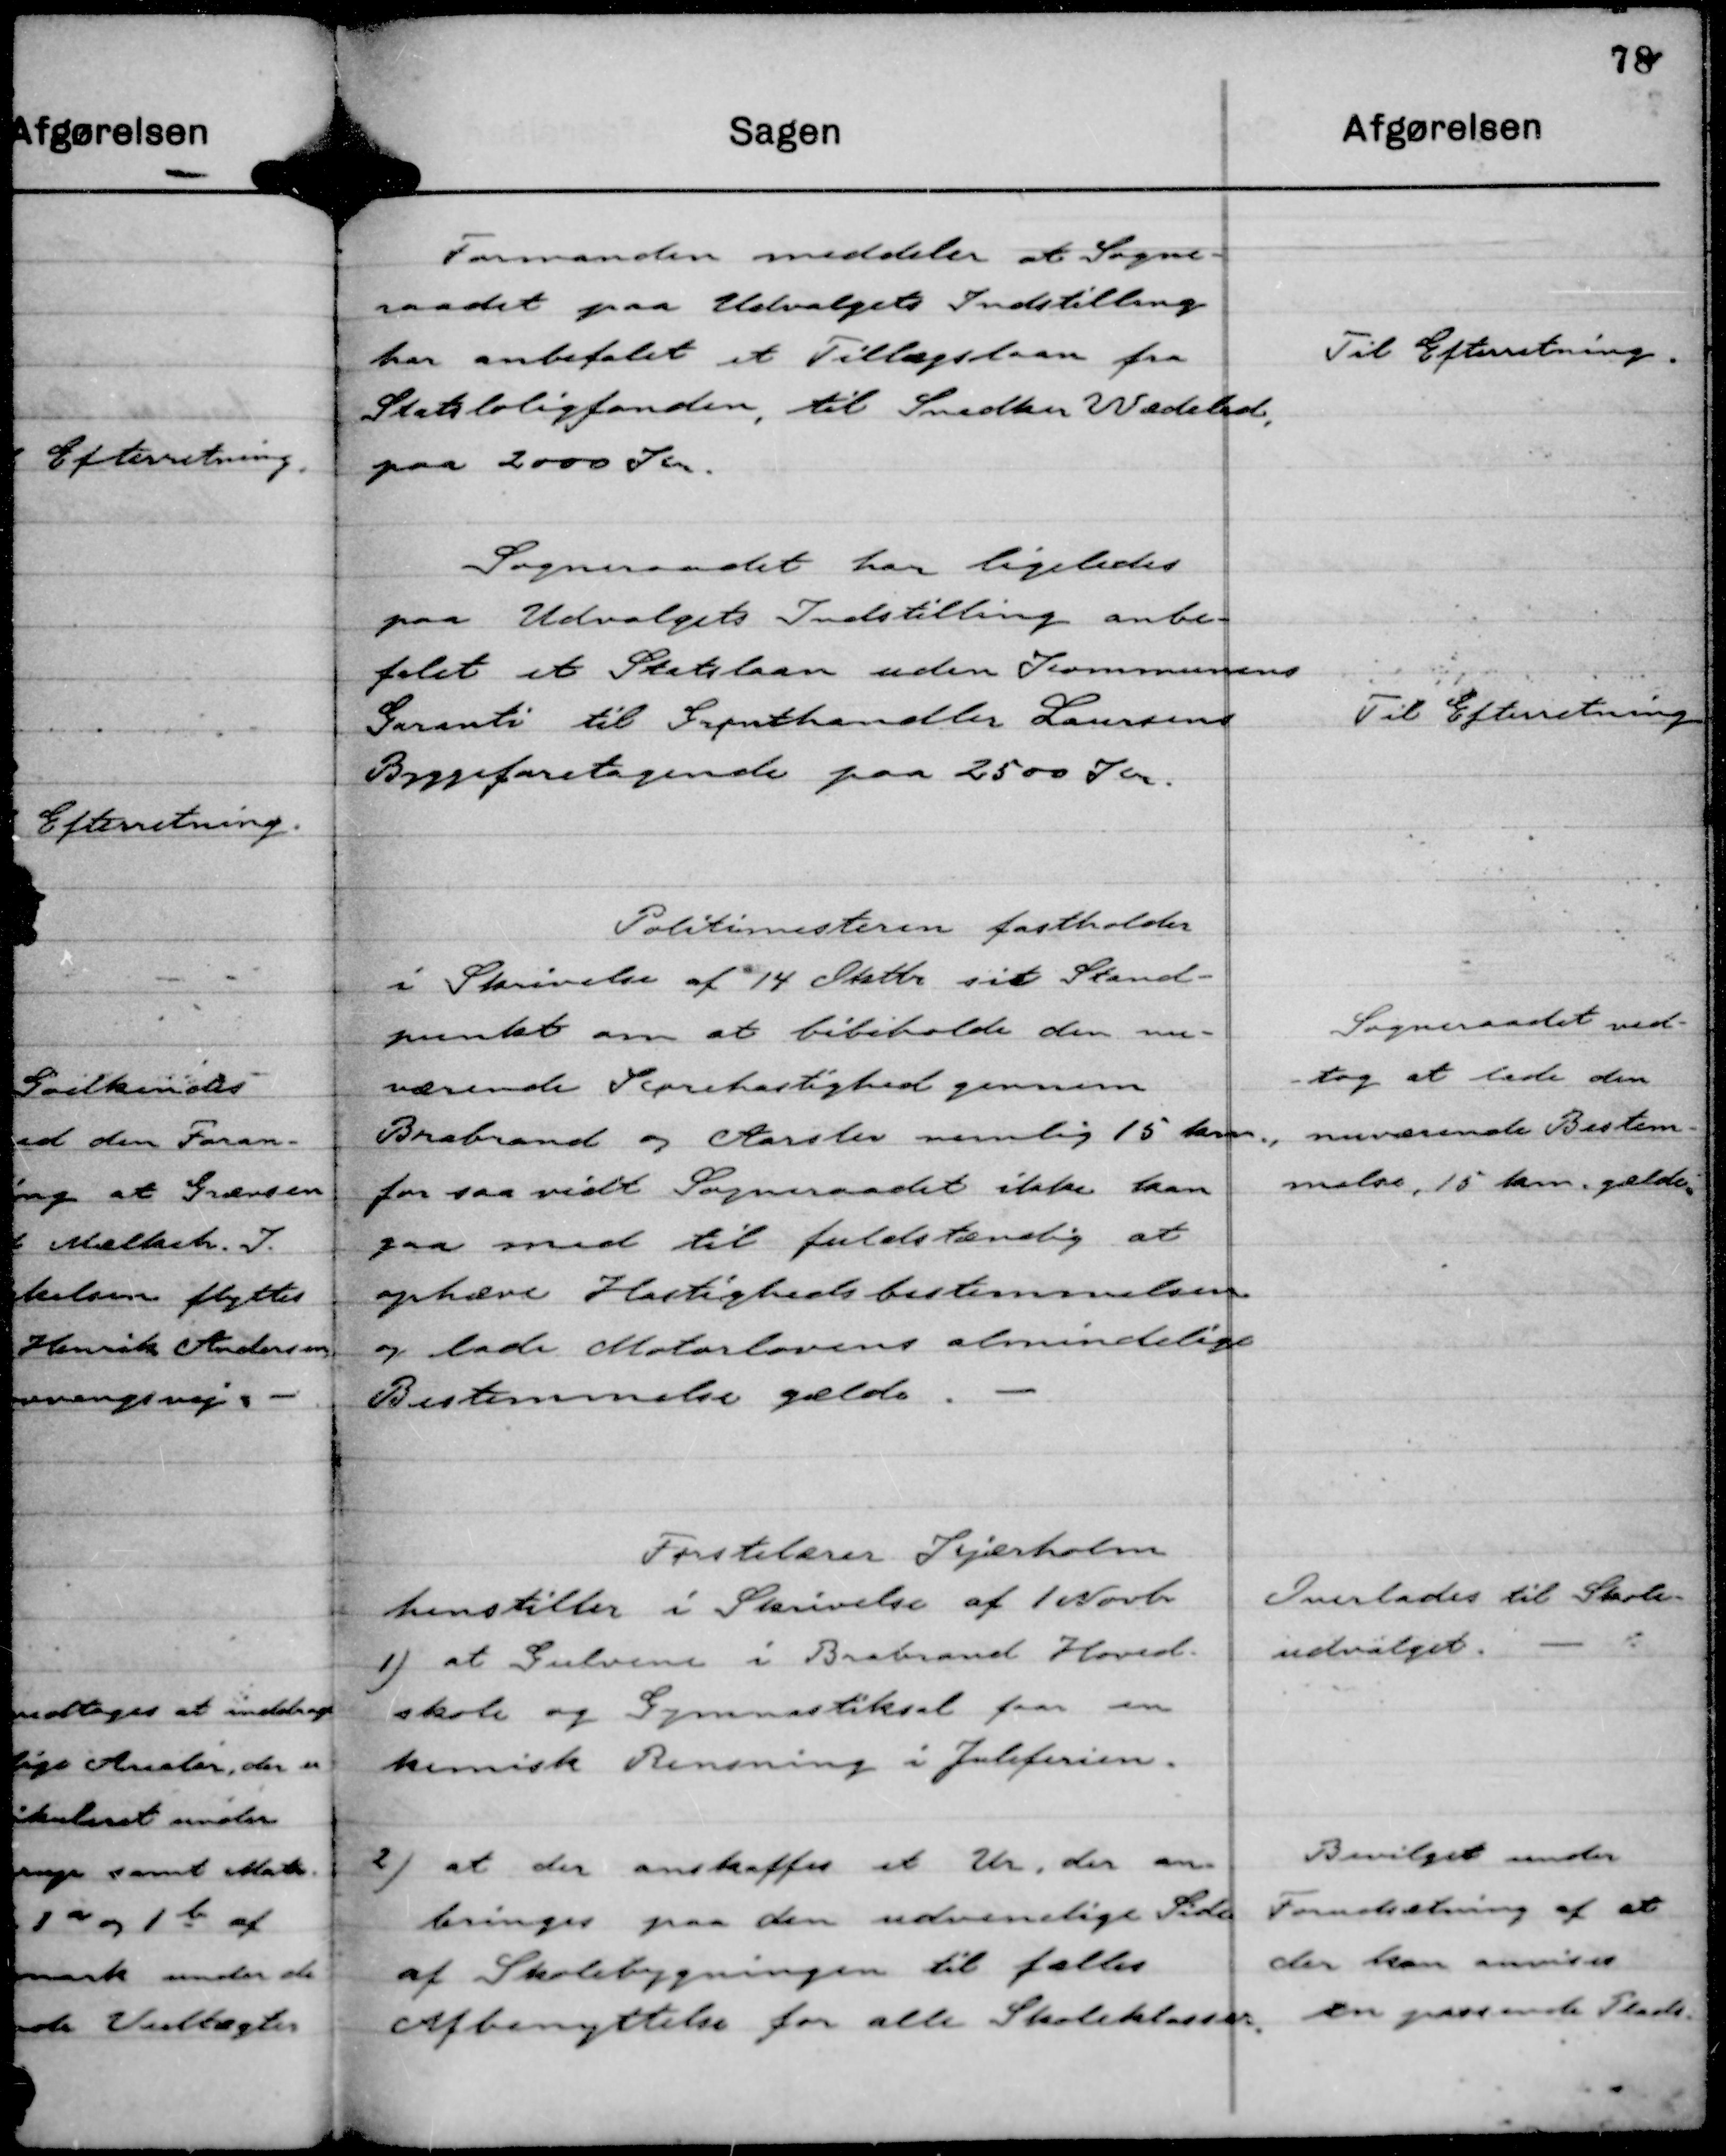
Transskription:
Formanden meddeler at Sogne-
raadet paa Udvalgets Indstilling
har anbefalet et Tillægslaan fra
Statsboligfonden, til Snedker Wædeled,
paa 2000 Kr.

Til Efterretning.

Sogneraadet har ligeledes
paa Udvalgets Indstilling anbe-
falet et Statslaan uden Kommunens
Garanti til Grønthandler Laursens
Byggeforetagende paa 2500 Kr.

Til Efterretning

Politimesteren fastholder
i Skrivelse af 14 Oktbr sit Stand-
punkt om at bibeholde den nu-
værende Kørehastighed gennem
Brabrand og Aarslev nemlig 15 km.,
for saa vidt Sogneraadet ikke kan
gaa med til fuldstændig at
ophæve Hastighedsbestemmelsen
og lade Motorlovens almindelige
Bestemmelse gælde.

Sogneraadet ved-
-tog at lade den
nuværende Bestem-
melse, 15 km. gælde.

Førstelærer Kjærholm
henstiller i Skrivelse af 1 Novbr
1) at Gulvene i Brabrand Hoved-
skole og Gymnastiksal faar en
kemisk Rensning i Juleferien.

Overlades til Skole-
udvalget.

2) at der anskaffes et Ur, der an-
bringes paa den udvendige Side
af Skolebygningen til fælles
Afbenyttelse for alle Skoleklasser.

Bevilget under
Forudsætning af at
der kan anvises
en passende Plads.